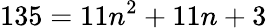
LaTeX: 135=11n^{2}+11n+3